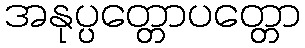
အနုပ္ပတ္တောပတ္တော